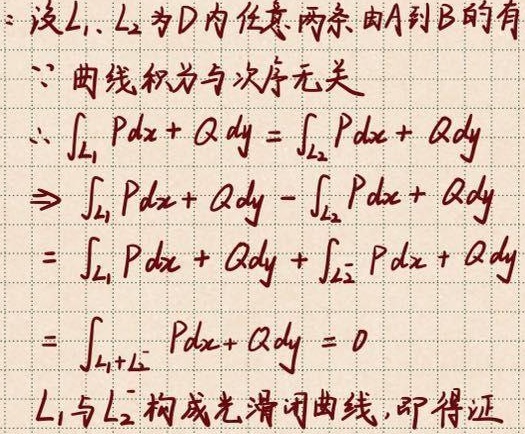
设 \(L_1\)、\(L_2\) 为 \(D\) 内任意两条由 \(A\) 到 \(B\) 的有向曲线。
\(\because\) 曲线积分与路径无关，\(\therefore \int_{L_1} Pdx + Qdy=\int_{L_2} Pdx + Qdy\)
\(\Rightarrow \int_{L_1} Pdx + Qdy - \int_{L_2} Pdx + Qdy\)
\(=\int_{L_1} Pdx + Qdy + \int_{L_2^{-}} Pdx + Qdy\)
\(=\int_{L_1 + L_2^{-}} Pdx + Qdy = 0\)
\(L_1\) 与 \(L_2^{-}\) 构成光滑闭曲线，即得证。